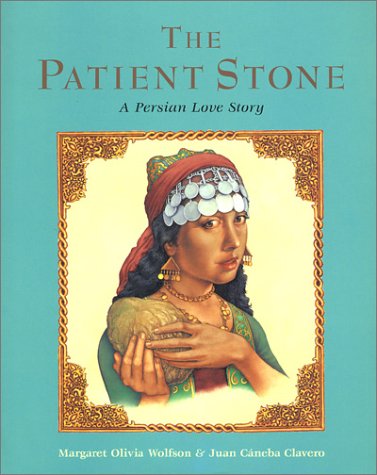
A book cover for The Patient Stone: A Persian Love Story; Margaret Wolfson; Children's Books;